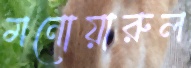
মনোয়ারুল